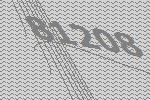
81208